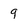
Character: g